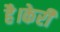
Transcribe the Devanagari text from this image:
है।केरी